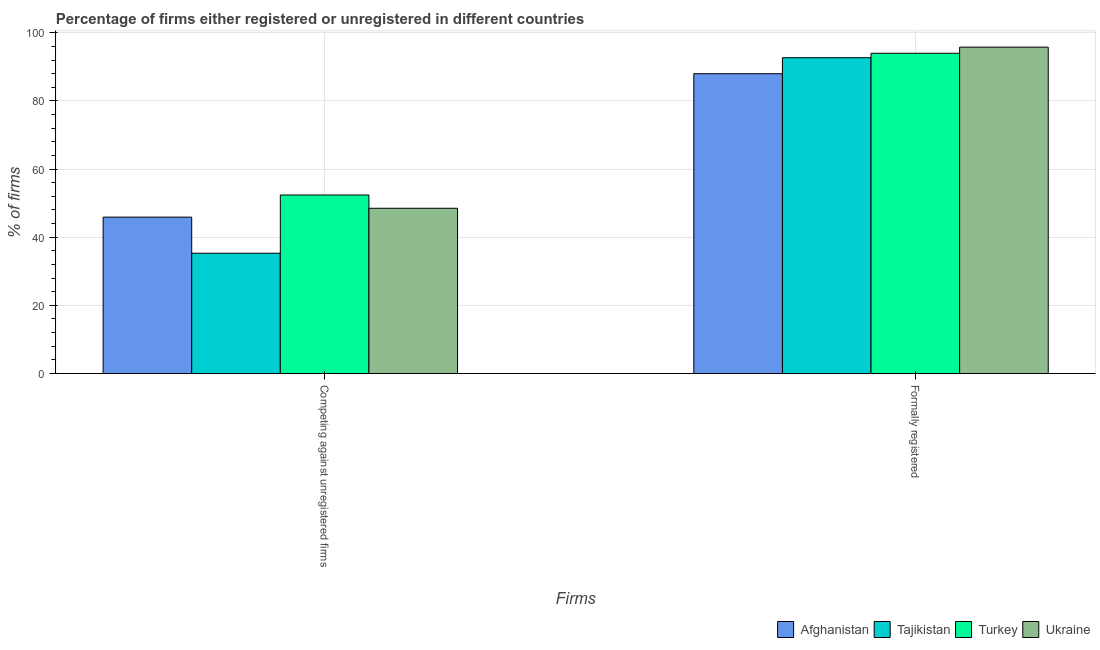
| Firms | Afghanistan | Tajikistan | Turkey | Ukraine |
 | --- | --- | --- | --- | --- |
 | Competing against unregistered firms | 45.9 | 35.3 | 52.4 | 48.5 |
 | Formally registered | 88 | 92.7 | 94 | 95.8 |